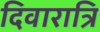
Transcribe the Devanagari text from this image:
दिवारात्रि